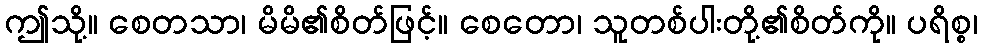
ဤသို့။ စေတသာ၊ မိမိ၏စိတ်ဖြင့်။ စေတော၊ သူတစ်ပါးတို့၏စိတ်ကို။ ပရိစ္စ၊